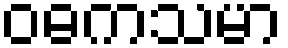
ဝဓကသမာ